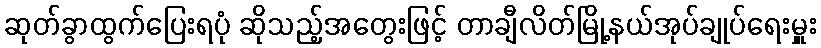
ဆုတ်ခွာထွက်ပြေးရပုံ ဆိုသည့်အတွေးဖြင့် တာချီလိတ်မြို့နယ်အုပ်ချုပ်ရေးမှူး